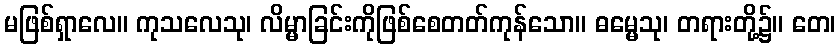
မဖြစ်ရှာလေ။ ကုသလေသု၊ လိမ္မာခြင်းကိုဖြစ်စေတတ်ကုန်သော။ ဓမ္မေသု၊ တရားတို့၌။ တေ၊